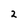
Character: 2